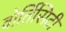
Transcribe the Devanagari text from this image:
वोर्तिसिटी